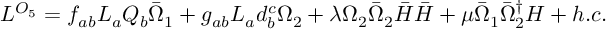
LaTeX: { \cal L } ^ { { \cal O } _ { 5 } } = f _ { a b } L _ { a } Q _ { b } { \bar { \Omega } } _ { 1 } + g _ { a b } L _ { a } d _ { b } ^ { c } \Omega _ { 2 } + \lambda \Omega _ { 2 } { \bar { \Omega } } _ { 2 } { \bar { H } } { \bar { H } } + \mu { \bar { \Omega } } _ { 1 } { \bar { \Omega } } _ { 2 } ^ { \dagger } H + h . c .